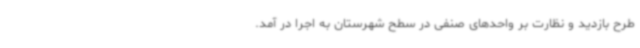
طرح بازدید و نظارت بر واحدهای صنفی در سطح شهرستان به اجرا در آمد.